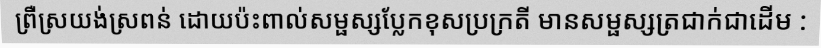
ព្រឺស្រយង់ស្រពន់ ដោយប៉ះពាល់សម្ផស្សប្លែកខុសប្រក្រតី មានសម្ផស្សត្រជាក់ជាដើម :